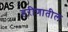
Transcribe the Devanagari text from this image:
हरीणातील